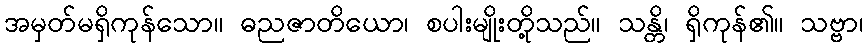
အမှတ်မရှိကုန်သော။ ဓညဇာတိယော၊ စပါးမျိုးတို့သည်။ သန္တိ၊ ရှိကုန်၏။ သဗ္ဗာ၊